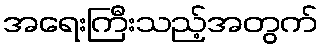
အရေးကြီးသည့်အတွက်